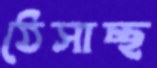
ঠেসাচ্ছ